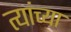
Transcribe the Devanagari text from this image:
त्यांच्या